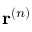
\mathbf { r } ^ { ( n ) }